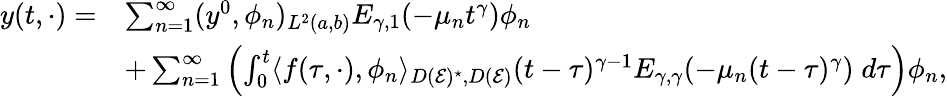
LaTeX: \begin{array}{rl}{y(t,\cdot)=}&{\sum_{n=1}^{\infty}(y^{0},\phi_{n})_{L^{2}(a,b)}E_{\gamma,1}(-\mu_{n}t^{\gamma})\phi_{n}}\\ &{+\sum_{n=1}^{\infty}\left(\int_{0}^{t}\langle f(\tau,\cdot),\phi_{n}\rangle_{D(\mathcal E)^{\star},D(\mathcal E)}(t-\tau)^{\gamma-1}E_{\gamma,\gamma}(-\mu_{n}(t-\tau)^{\gamma})\; d\tau\right)\phi_{n},}\end{array}